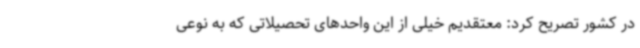
در کشور تصریح کرد: معتقدیم خیلی از این واحدهای تحصیلاتی که به نوعی